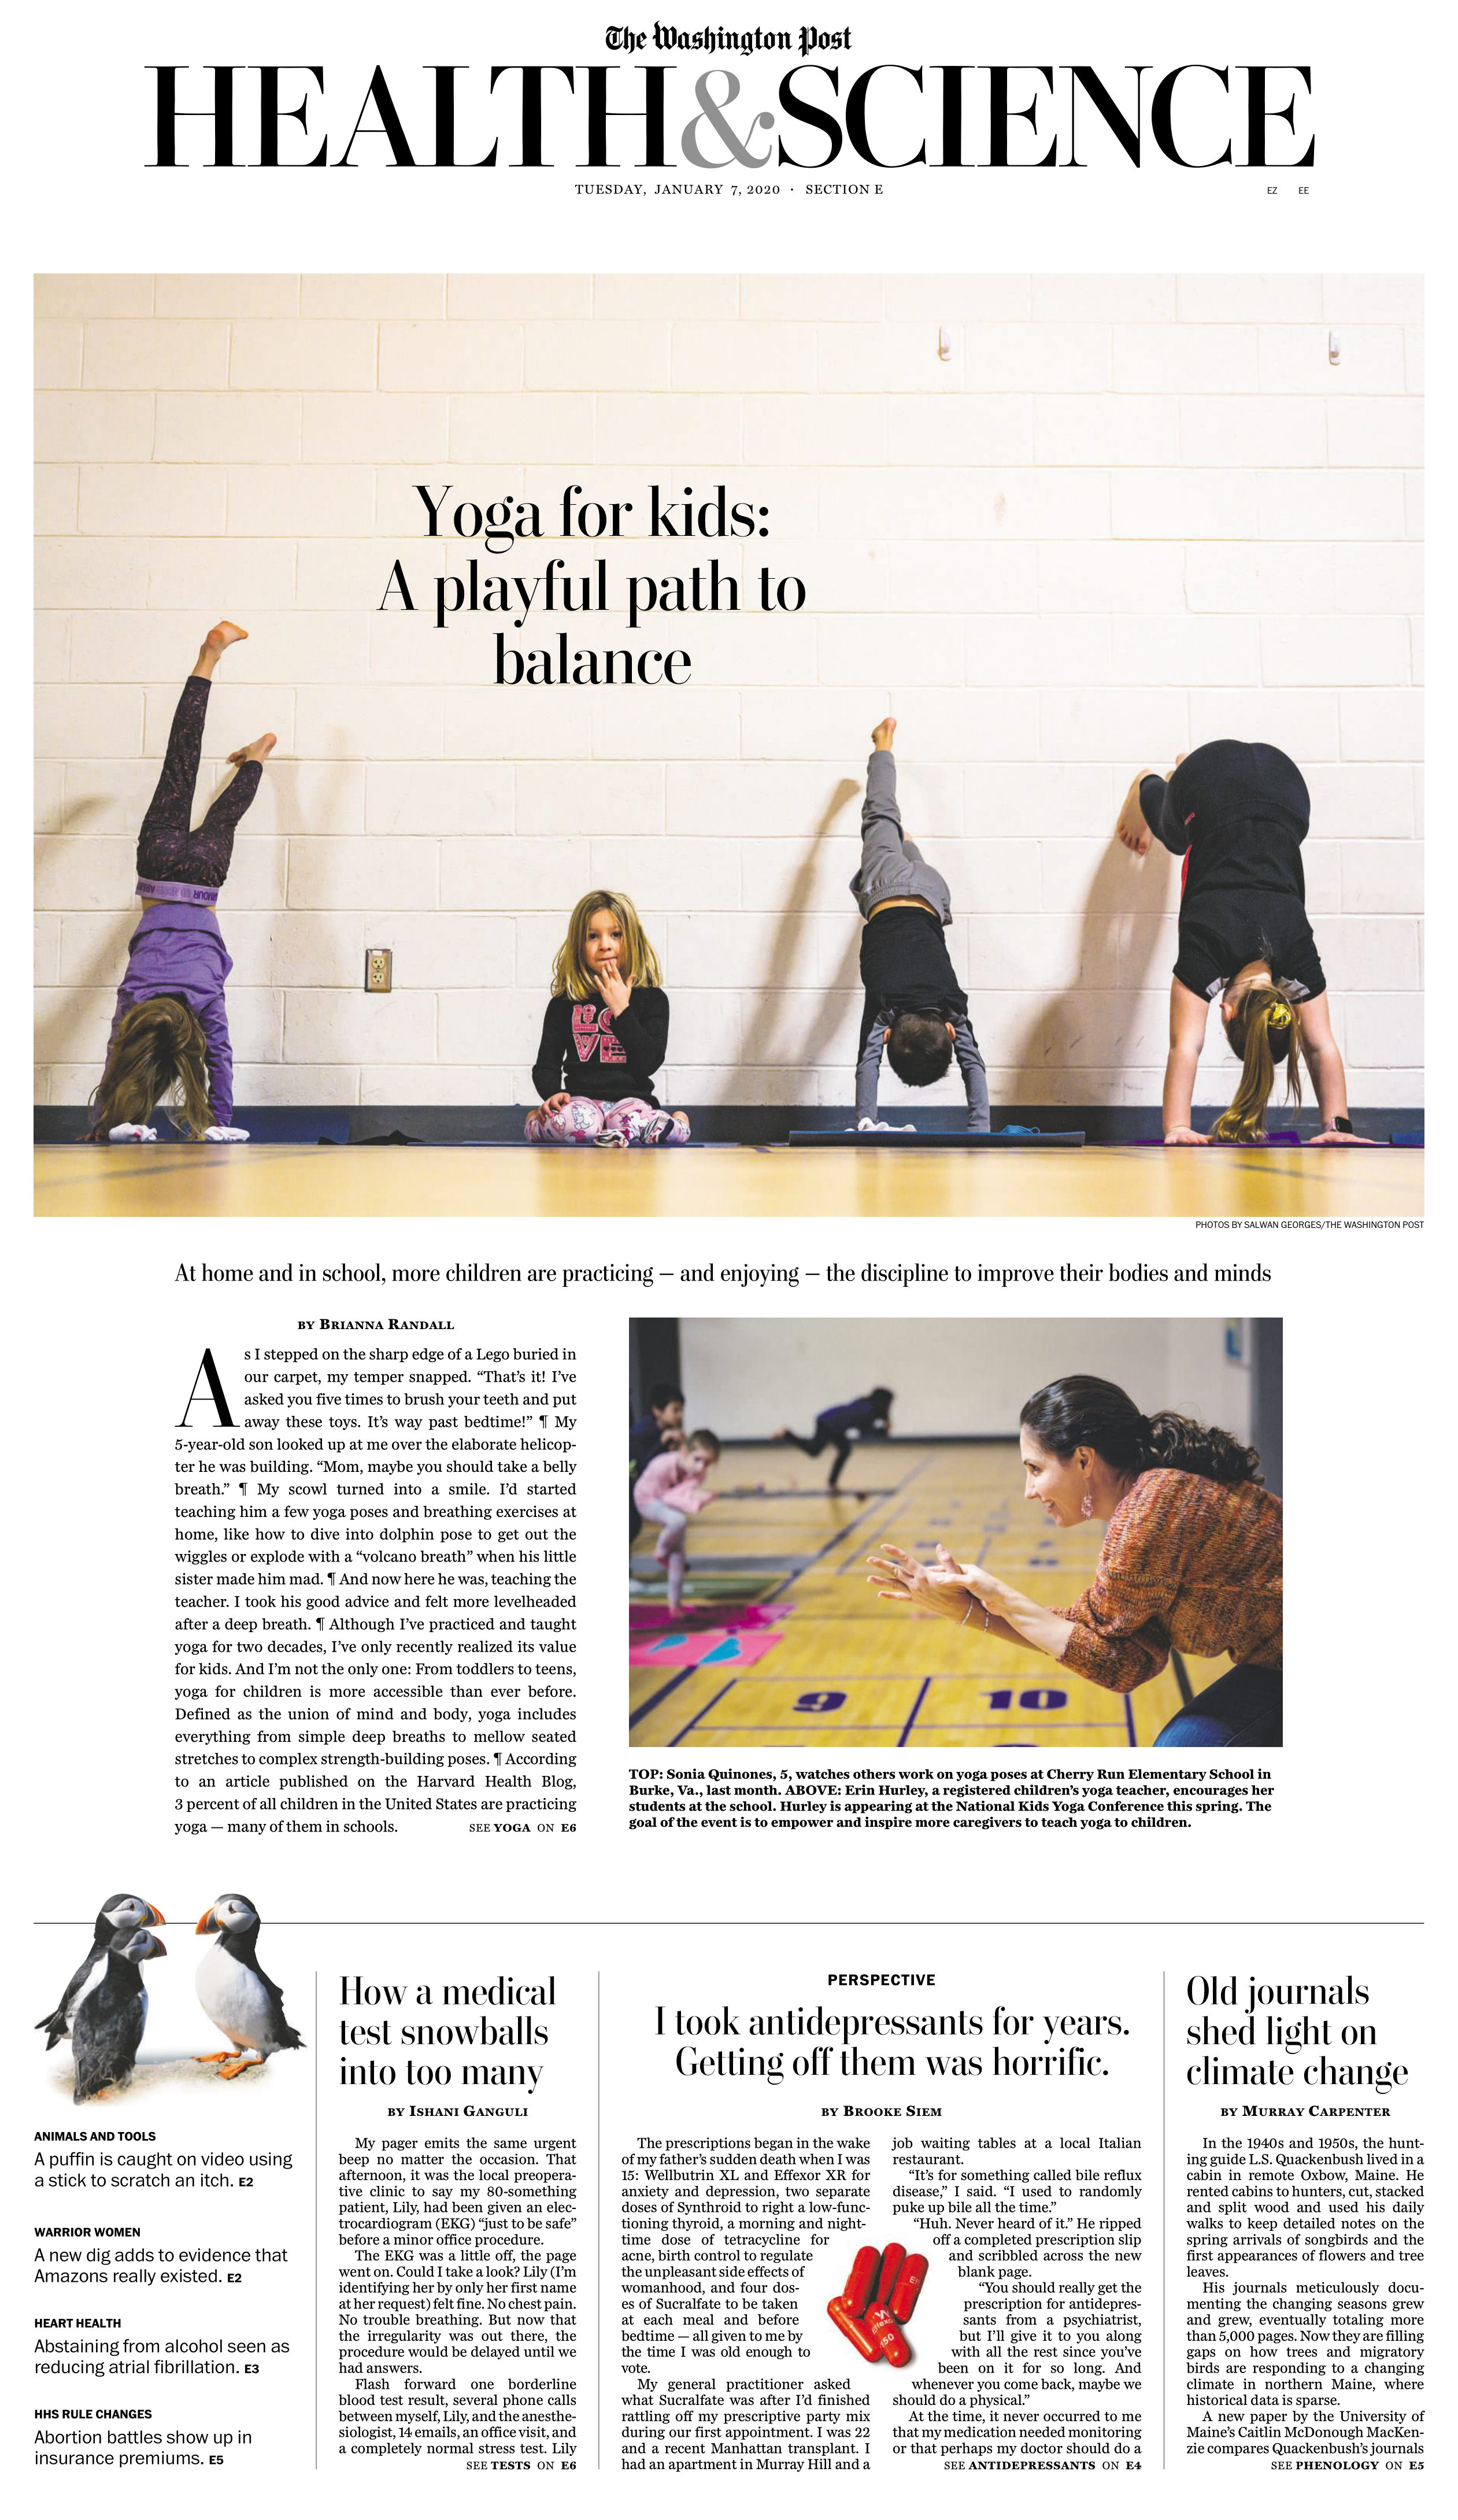
Language: en